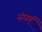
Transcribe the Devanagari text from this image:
संघर्ष्